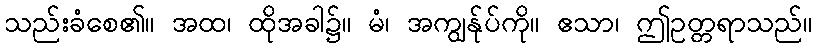
သည်းခံစေ၏။ အထ၊ ထိုအခါ၌။ မံ၊ အကျွန်ုပ်ကို။ ဧသာ၊ ဤဥတ္တရာသည်။